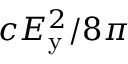
c E _ { \mathrm { y } } ^ { 2 } / 8 \pi